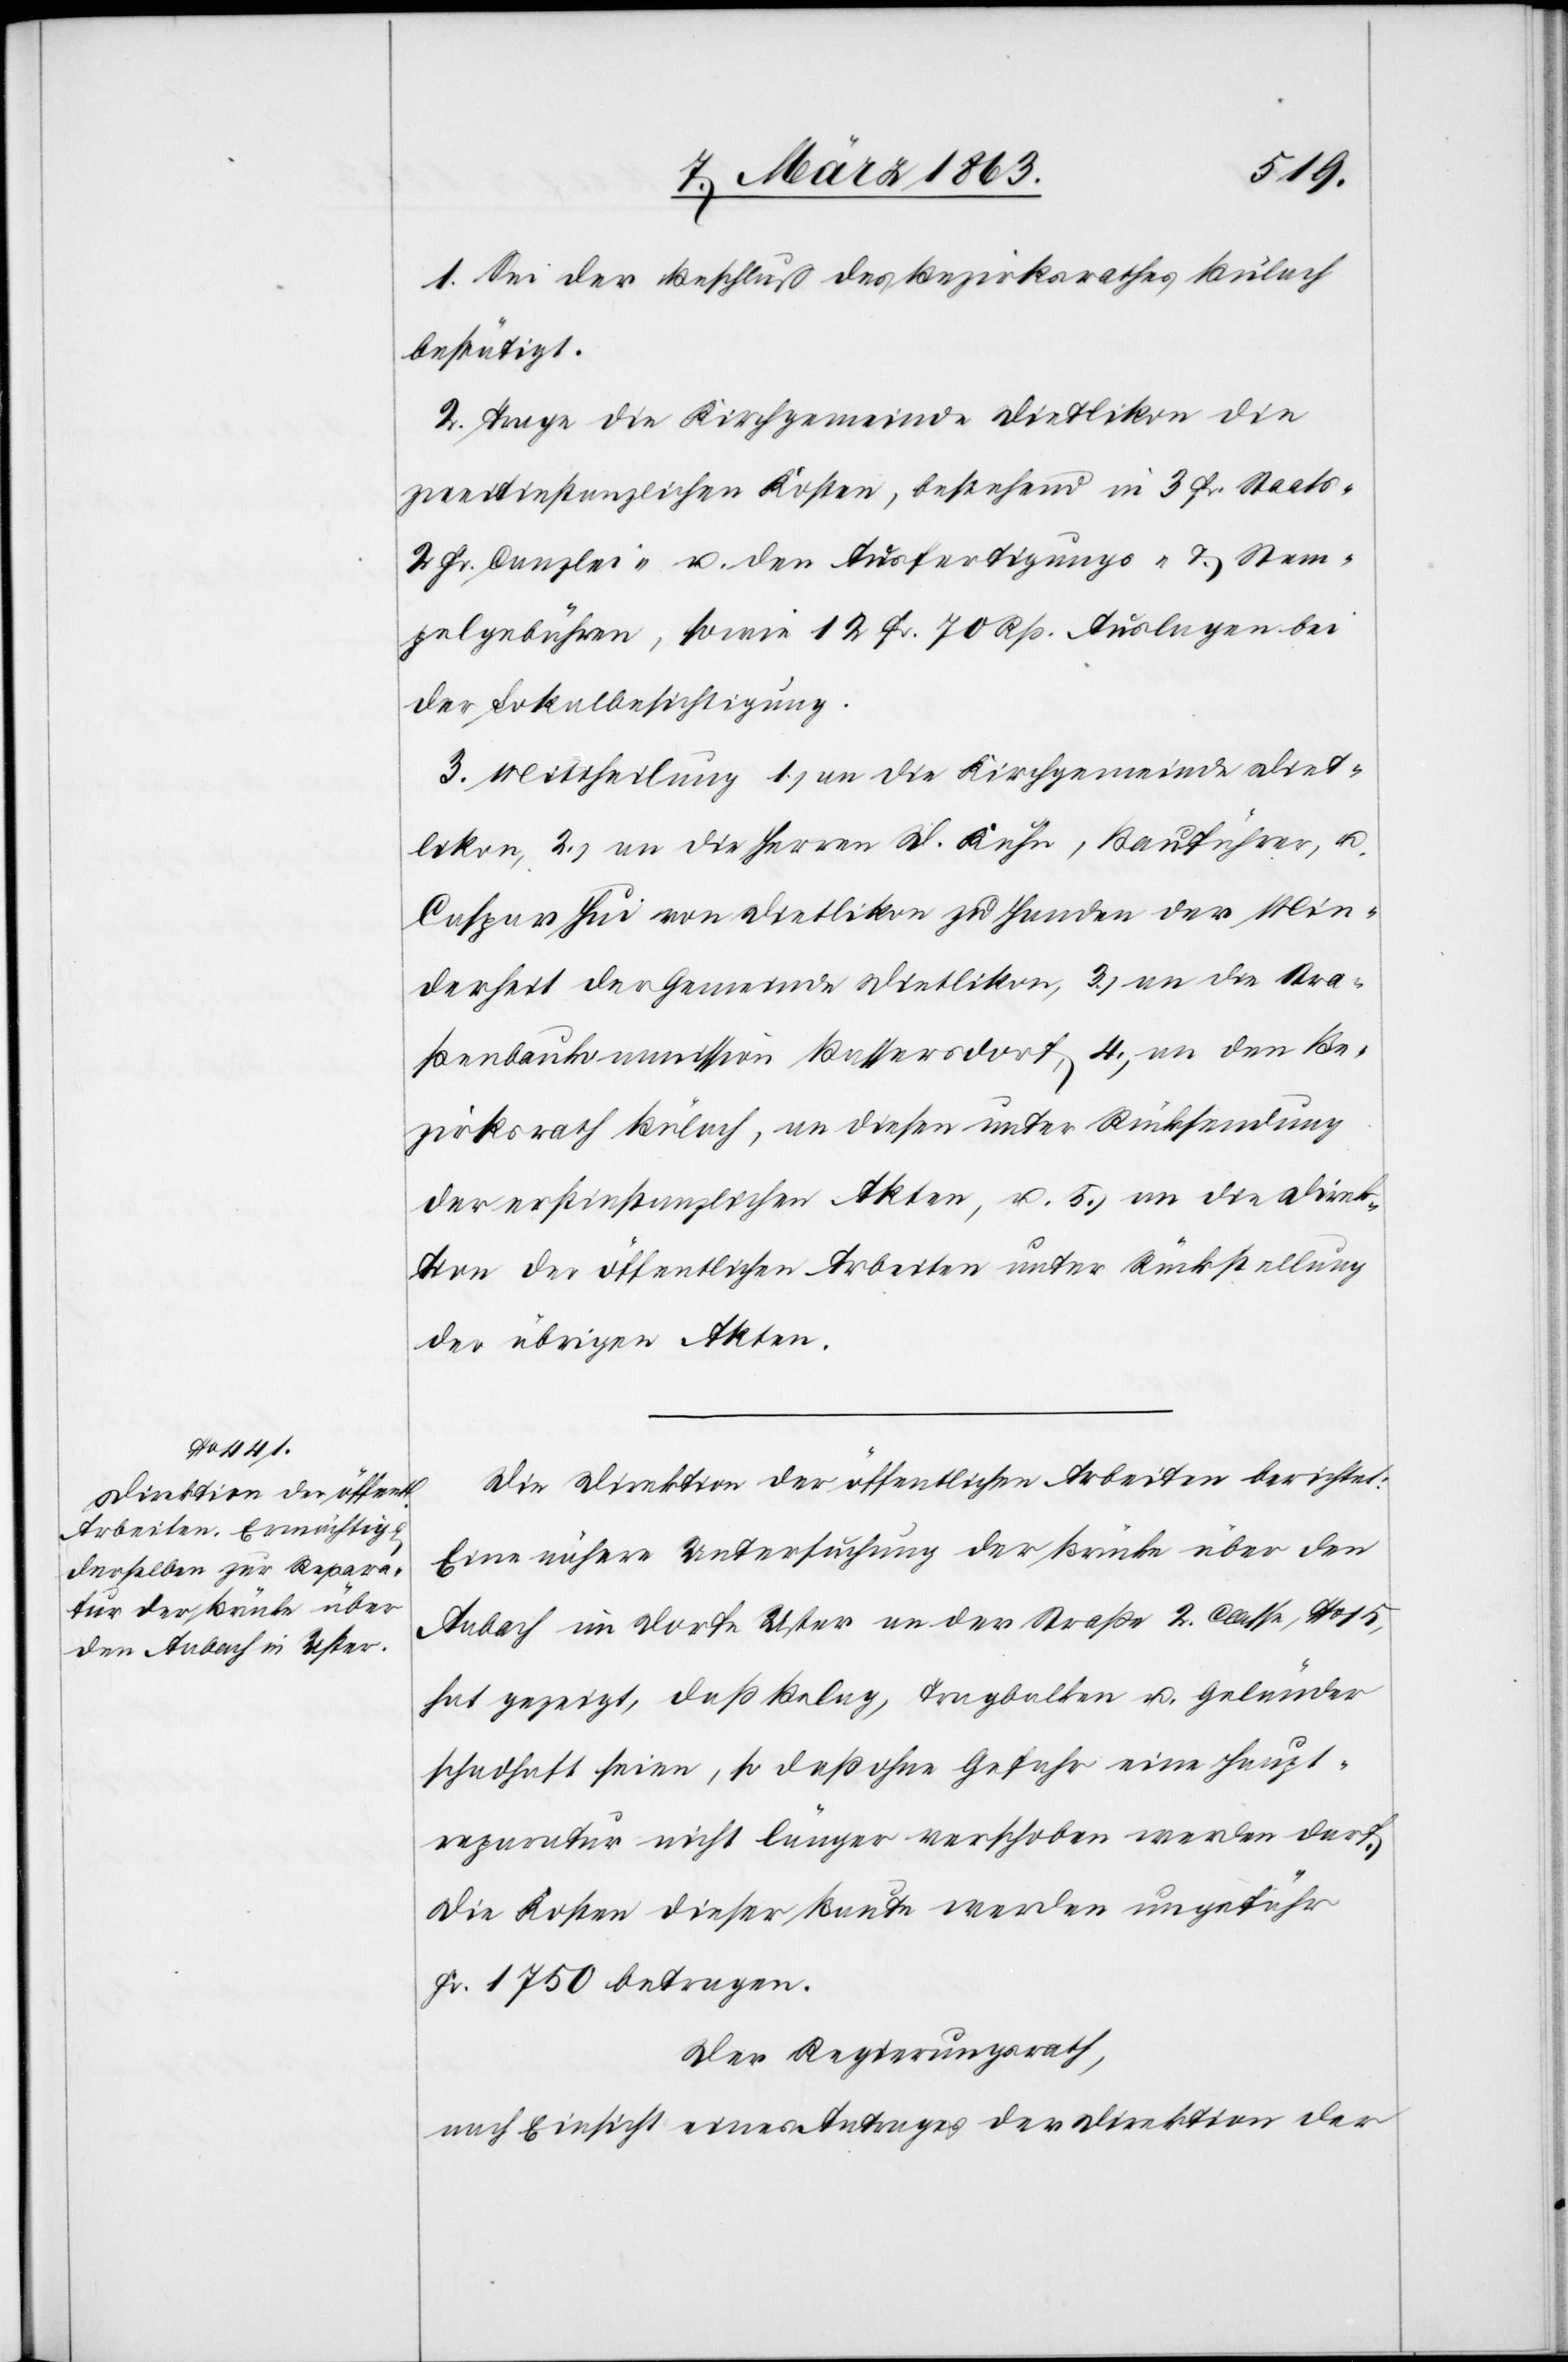
1. Sei der Beschluß des Bezirksrathes Bülach
bestätigt.
2. Trage die Kirchgemeinde Dietlikon die
zweitinstanzlichen Kosten, bestehend in 3 Fr. Staats-[,]
2 Fr. Canzlei- u. den Ausfertigungs- & Stem¬
pelgebühren, sowie 12 Fr. 70 Rp. Auslagen bei
der Lokalbesichtigung.
3. Mittheilung 1.) an die Kirchgemeinde Diet¬
likon, 2.) an die Herren D. Kuhn, Bauführer, u.
Caspar Hui von Dietlikon zu Handen der Min¬
derheit der Gemeinde Dietlikon, 3.) an die Stra¬
ßenbaukommission Bassersdorf, 4.) an den Be¬
zirksrath Bülach, an diesen unter Rücksendung
der erstinstanzlichen Akten, u. 5.) an die Direk¬
tion der öffentlichen Arbeiten unter Rückstellung
der übrigen Akten.
Die Direktion der öffentlichen Arbeiten berichtet:
Eine nähere Untersuchung der Brücke über den
Aabach im Dorfe Uster an der Straße 2. Classe, No 15,
hat gezeigt, daß Belag, Tragbalken u. Geländer
schadhaft seien, so daß ohne Gefahr eine Haupt¬
reparatur nicht länger verschoben werden darf.
Die Kosten dieser Baute werden ungefähr
Fr. 1750 betragen.
Der Regierungsrath,
nach Einsicht eines Antrages der Direktion der